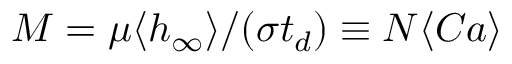
M = \mu \langle h _ { \infty } \rangle / ( \sigma t _ { d } ) \equiv N \langle C a \rangle